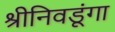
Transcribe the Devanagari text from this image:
श्रीनिवडूंगा